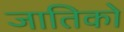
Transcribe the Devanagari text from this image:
जातिको